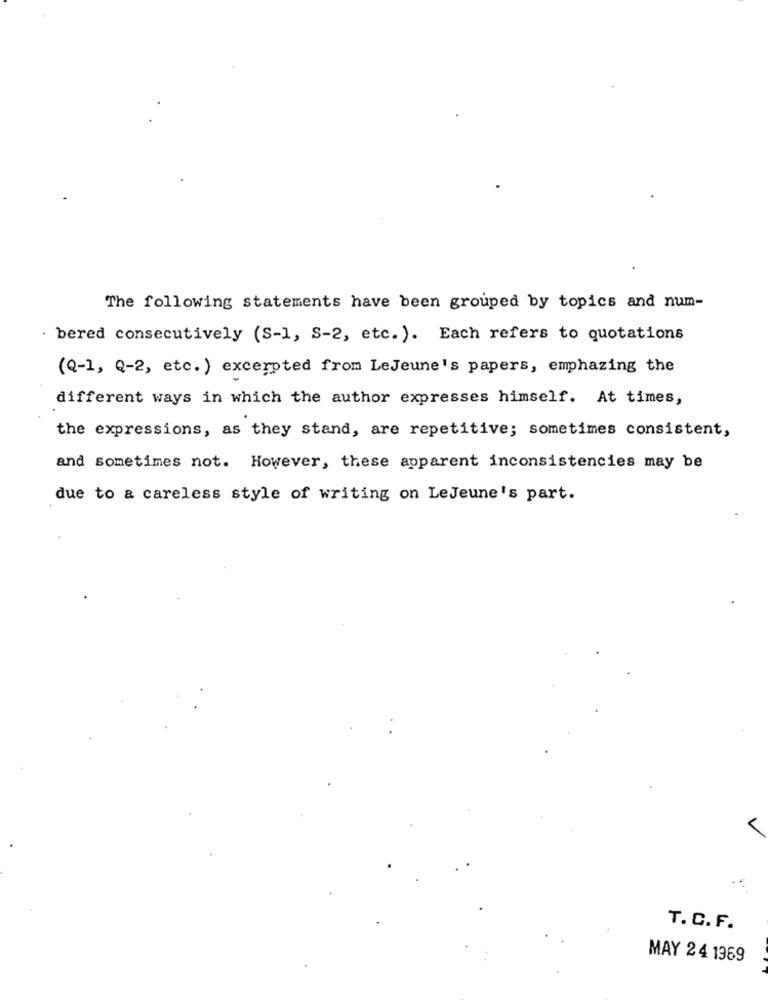
The following statements have been grouped by topics and num-
. bered consecutively (S-1, S-2, etc. ). Each refers to quotations
(Q-1, Q-2, etc. ) excerpted from LeJeune's papers, emphazing the
different ways in which the author expresses himself. At times,
the expressions, as they stand, are repetitive; sometimes consistent,
and sometimes not. However, these apparent inconsistencies may be
due to a careless style of writing on LeJeune's part.
V
T. C. F.
MAY 24 1369